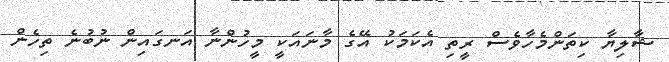
ޝާލިޔާ ކިތަންމެހާވެސް ރީތި އެކަމަކު އޭގެ މާނައަކީ މީހުންނާ އަނގައިން ނުބުނެ ތިހެން